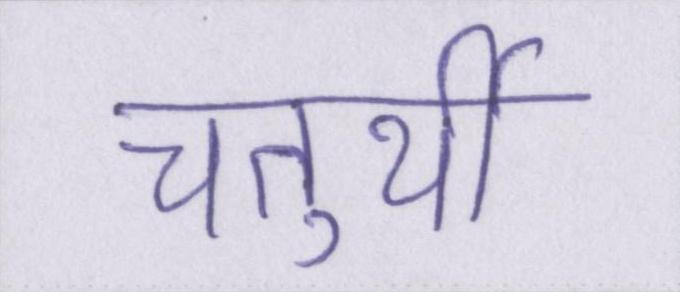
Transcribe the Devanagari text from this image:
चतुर्थी